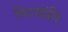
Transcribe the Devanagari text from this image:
चिरशांति